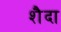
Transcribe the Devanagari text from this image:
शैदा